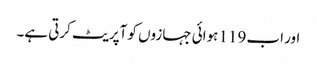
اور اب 119 ہوائی جہازوں کو آپریٹ کرتی ہے۔